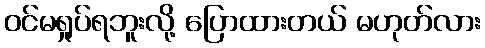
ဝင်မရှုပ်ရဘူးလို့ ပြောထားတယ် မဟုတ်လား